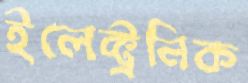
ইলেক্ট্রনিক